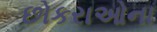
છોકરાઓના